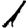
Digit: 1